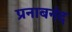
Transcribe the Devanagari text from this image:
प्रनाबनंद